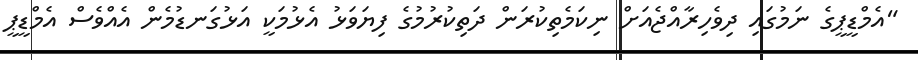
"އެމްޑީޕީގެ ނަމުގައި ދިވެހިރާއްޖެއަށް ނިކަމެތިކުރަން ދަތިކުރުމުގެ ފިޔަވަޅު އެޅުމަކީ އަޅުގަނޑުމެން އެއްވެސް އެމްޑީޕީ